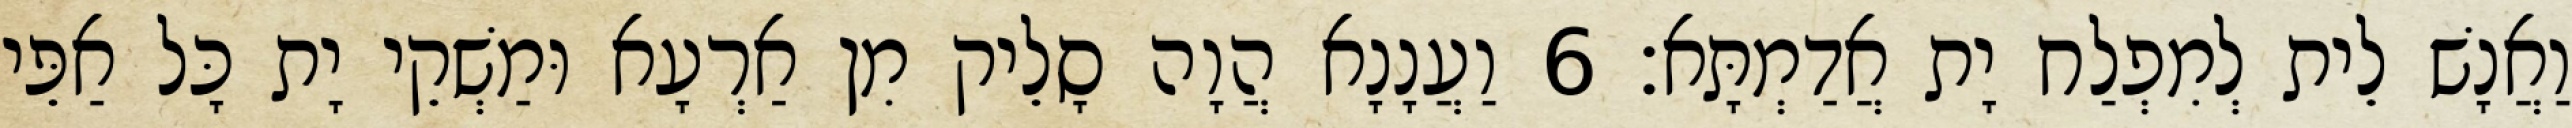
וַאֲנָשׁ לֵית לְמִפְלַח יָת אֲדַמְתָּא׃ 6 וַעֲנָנָא הֲוָה סָלֵיק מִן אַרְעָא וּמַשְׁקֵי יָת כָּל אַפֵּי